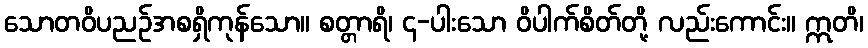
သောတဝိပညဉ်အစရှိကုန်သော။ စတ္တာရိ၊ ၄-ပါးသော ဝိပါက်စိတ်တို့ လည်းကောင်း။ ဣတိ၊